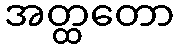
အတ္ထတော